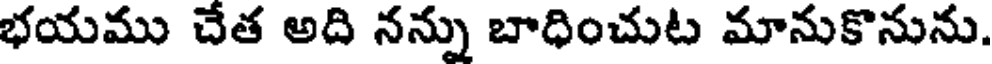
భయము చేత అది నన్ను బాధించుట మానుకొనును.